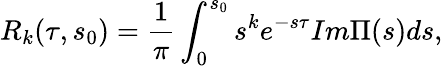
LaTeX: R_{k}(\tau,s_{0})=\frac{1}{\pi}\int_{0}^{s_{0}}s^{k}e^{-s\tau}Im\Pi(s)ds,